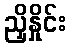
ညှိနှိုင်း